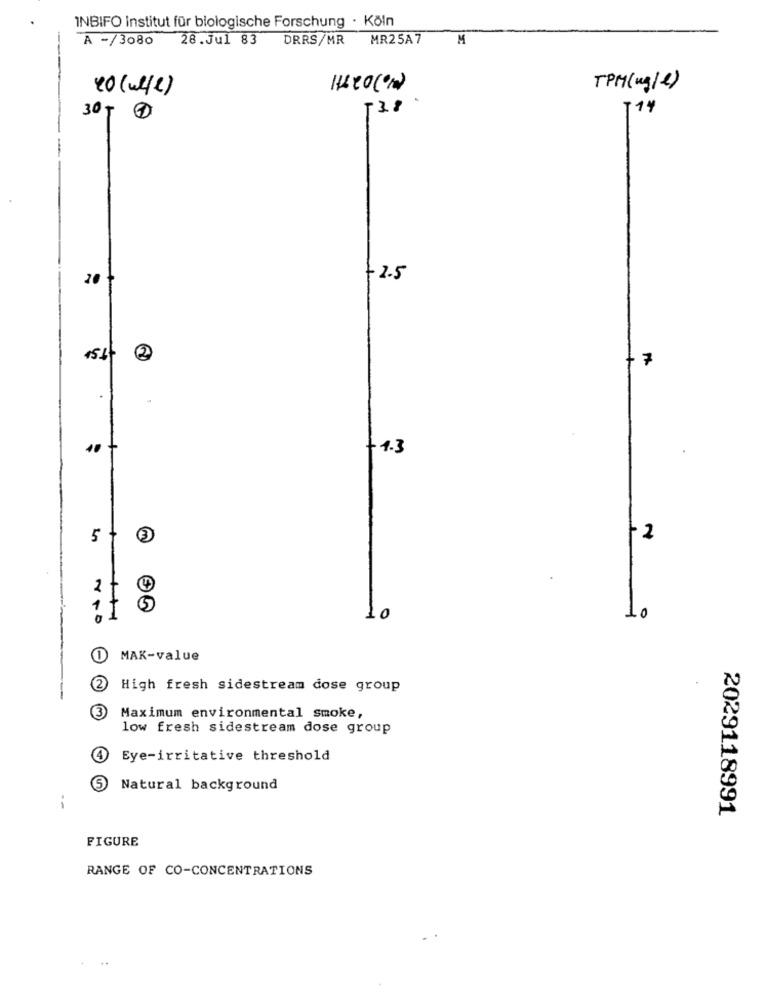
INBIFO institut für biologische Forschung · Köln
A -/3080 28.Jul 83
DRRS/MR
MR25A7
M
20 (well)
1620 (1)
TPM(ug/e)
.38
T14
30T
20
+ 2.5
2
10
+ 1.3
5
3
-2
2
11
0
MAK-value
2
High fresh sidestream dose group
Maximum environmental smoke,
low fresh sidestream dose group
4
Eye-irritative threshold
Natural background
--
2029118991
FIGURE
RANGE OF CO-CONCENTRATIONS